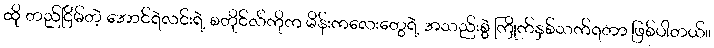
ထို တည်ငြိမ်တဲ့ အောင်ရဲလင်းရဲ့ စတိုင်လ်ကိုက မိန်းကလေးတွေရဲ့ အသည်းစွဲ ကြိုက်နှစ်သက်ရတာ ဖြစ်ပါတယ်။